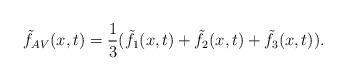
LaTeX: \begin{align*}\tilde f_{AV}(x,t)=\frac13 (\tilde f_1(x,t)+\tilde f_2(x,t)+\tilde f_3(x,t)).\end{align*}